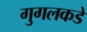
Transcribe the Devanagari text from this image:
गुगलकडे